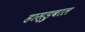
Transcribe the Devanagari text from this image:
हास्ड्रुबाल